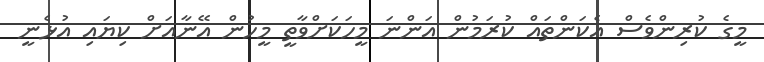
މީގެ ކުރިންވެސް އެކަންތައް ކުރަމުން އަންނަ މީހަކަށްވާތީ މީހުން އޭނާއަށް ކިޔައި އުޅެނީ